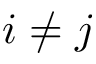
i \neq j